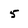
Character: 5